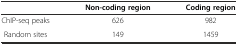
<table><thead><tr><td></td><td><b>Non-coding region</b></td><td><b>Coding region</b></td></tr></thead><tbody><tr><td>ChIP-seq peaks</td><td>626</td><td>982</td></tr><tr><td>Random sites</td><td>149</td><td>1459</td></tr></tbody></table>